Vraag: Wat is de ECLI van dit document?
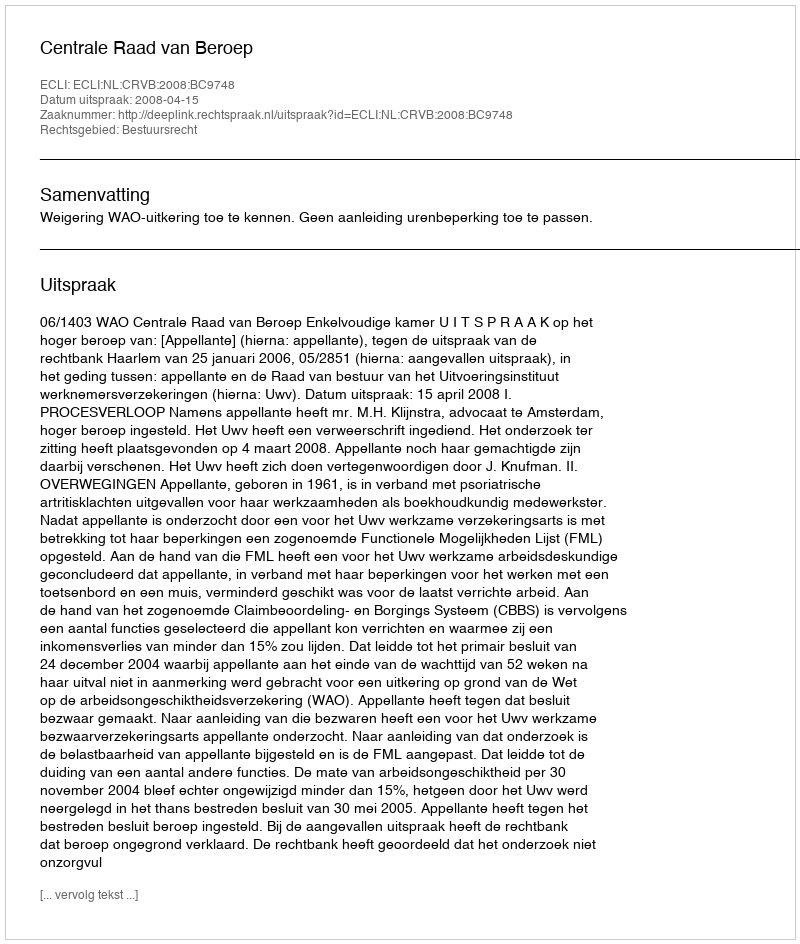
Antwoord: ECLI:NL:CRVB:2008:BC9748